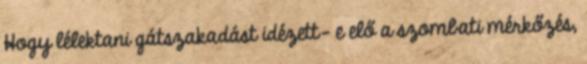
Hogy lélektani gátszakadást idézett- e elő a szombati mérkőzés,